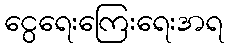
ငွေရေးကြေးရေးအရ